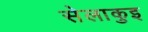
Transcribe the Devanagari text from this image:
सेलाकुइ